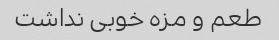
طعم و مزه خوبی نداشت